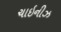
ચાઇનીઝ